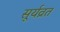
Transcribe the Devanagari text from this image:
सूर्यव्रत